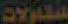
ستالات